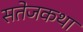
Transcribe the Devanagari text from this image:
सतेजकथा